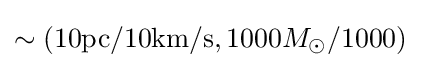
\sim (\mathrm {10pc/10km/s} ,1000M_{\odot }/1000)